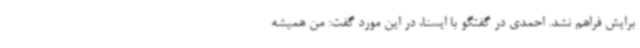
برایش فراهم نشد. احمدی در گفتگو با ایسنا، در این مورد گفت: من همیشه